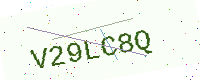
Text: V29LC8Q